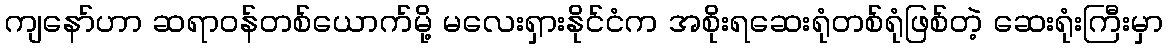
ကျနော်ဟာ ဆရာဝန်တစ်ယောက်မို့ မလေးရှားနိုင်ငံက အစိုးရဆေးရုံတစ်ရုံဖြစ်တဲ့ ဆေးရုံးကြီးမှာ